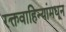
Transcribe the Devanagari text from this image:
रक्तवाहिन्यांमधून